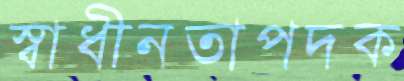
স্বাধীনতাপদক